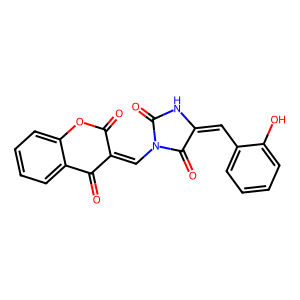
SMILES: O=C1Oc2ccccc2C(=O)C1=CN1C(=O)NC(=Cc2ccccc2O)C1=O
Inhibits HIV replication: No